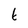
Character: 6